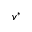
v ^ { * }